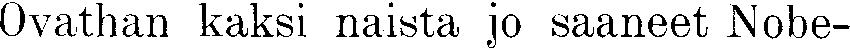
Ovathan kaksi naista jo saaneet Nobe-